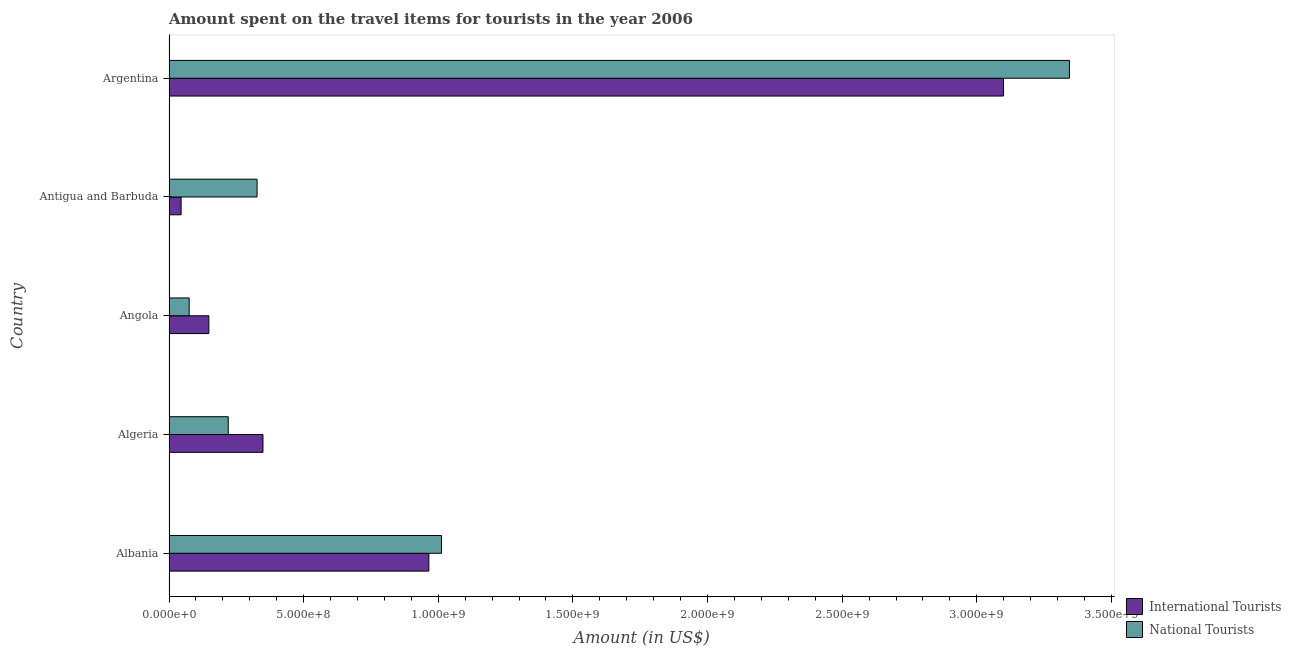
| Country | International Tourists | National Tourists |
 | --- | --- | --- |
 | Albania | 9.65e+08 | 1.01e+09 |
 | Algeria | 3.49e+08 | 2.2e+08 |
 | Angola | 1.48e+08 | 7.5e+07 |
 | Antigua and Barbuda | 4.5e+07 | 3.27e+08 |
 | Argentina | 3.1e+09 | 3.34e+09 |